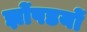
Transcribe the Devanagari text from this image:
झोंपडयों